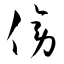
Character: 傍